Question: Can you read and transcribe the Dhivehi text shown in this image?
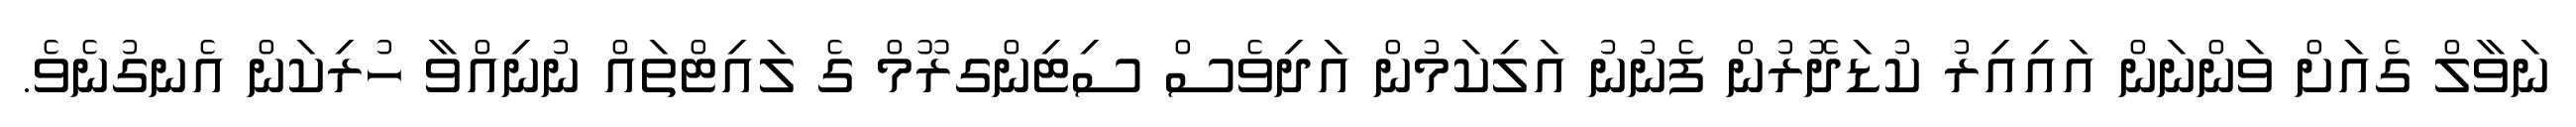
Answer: ނަވާލް ގެއަށް ވަންނަން އައިއިރު ކުޑަދޮރުން ފެނުނު އަލިކަމުން އަދިވެސް ސިޓިންގރޫމް ގެ ލައިޓްތައް ނުނިއްވާ ހުރިކަން އެނގުނެވެ.